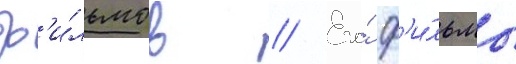
ф'и́льмов // Его́ ф'и́льмы